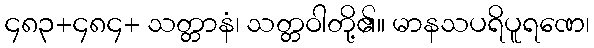
၄၈၃+၄၈၄+ သတ္တာနံ၊ သတ္တဝါတို့၏။ မာနသပရိပူရဏေ၊